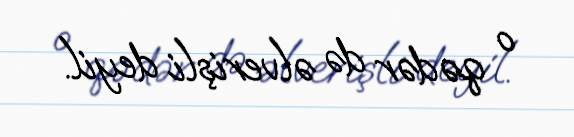
o qədər də əlverişli deyil.